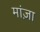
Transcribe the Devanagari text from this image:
मांज़ा